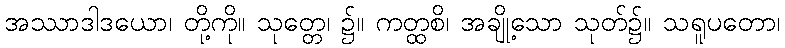
အဿာဒါဒယော၊ တို့ကို။ သုတ္တေ၊ ၌။ ကတ္ထစိ၊ အချို့သော သုတ်၌။ သရူပတော၊